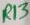
Text: R13